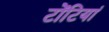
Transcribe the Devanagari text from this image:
टोंटियां